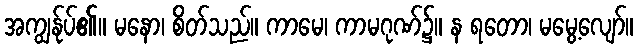
အကျွန်ုပ်၏။ မနော၊ စိတ်သည်။ ကာမေ၊ ကာမဂုဏ်၌။ န ရတော၊ မမွေ့လျော်။